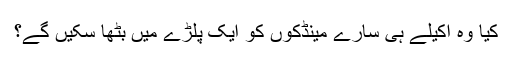
کیا وہ اکیلے ہی سارے مینڈکوں کو ایک پلڑے میں بٹھا سکیں گے؟